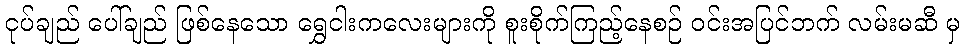
ငုပ်ချည် ပေါ်ချည် ဖြစ်နေသော ရွှေငါးကလေးများကို စူးစိုက်ကြည့်နေစဉ် ဝင်းအပြင်ဘက် လမ်းမဆီ မှ